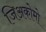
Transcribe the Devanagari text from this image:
जिअकोमो